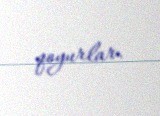
qoyurlar.